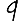
Digit: 9